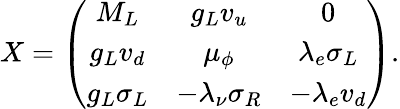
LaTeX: X=\left(\begin{array}{ccc}{{M_{L}}}&{{g_{L}v_{u}}}&{{0}}\\ {{g_{L}v_{d}}}&{{\mu_{\phi}}}&{{\lambda_{e}\sigma_{L}}}\\ {{g_{L}\sigma_{L}}}&{{-\lambda_{\nu}\sigma_{R}}}&{{-\lambda_{e}v_{d}}}\end{array}\right).